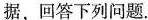
据，回答下列问题.